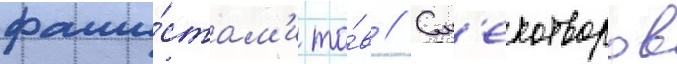
фаши́стам'и то́в // См'ехотворов